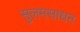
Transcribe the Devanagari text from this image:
सुलमसाधन